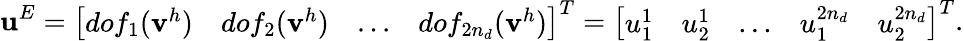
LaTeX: \mathbf{u}^{E}=\left[\begin{array}{cccc}{dof_{1}(\mathbf{v}^{h})}&{dof_{2}(\mathbf{v}^{h})}&{...}&{dof_{2n_{d}}(\mathbf{v}^{h})}\end{array}\right]^{T}=\left[\begin{array}{ccccc}{u_{1}^{1}}&{u_{2}^{1}}&{...}&{u_{1}^{2n_{d}}}&{u_{2}^{2n_{d}}}\end{array}\right]^{T}.